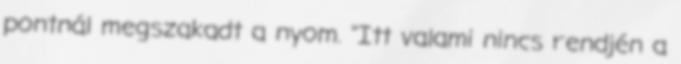
pontnál megszakadt a nyom. "Itt valami nincs rendjén a